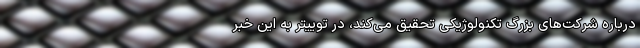
درباره شرکت‌های بزرگ تکنولوژیکی تحقیق می‌کند، در توییتر به این خبر